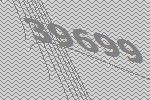
39699